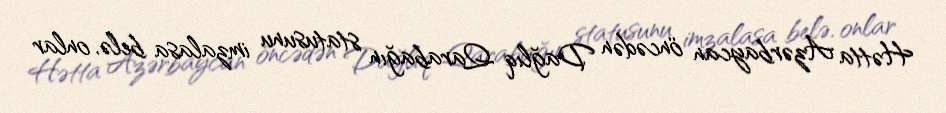
Hətta Azərbaycan öncədən Dağlıq Qarabağın statusunu imzalasa belə, onlar